Indian Civil Veterinary Department memoirs
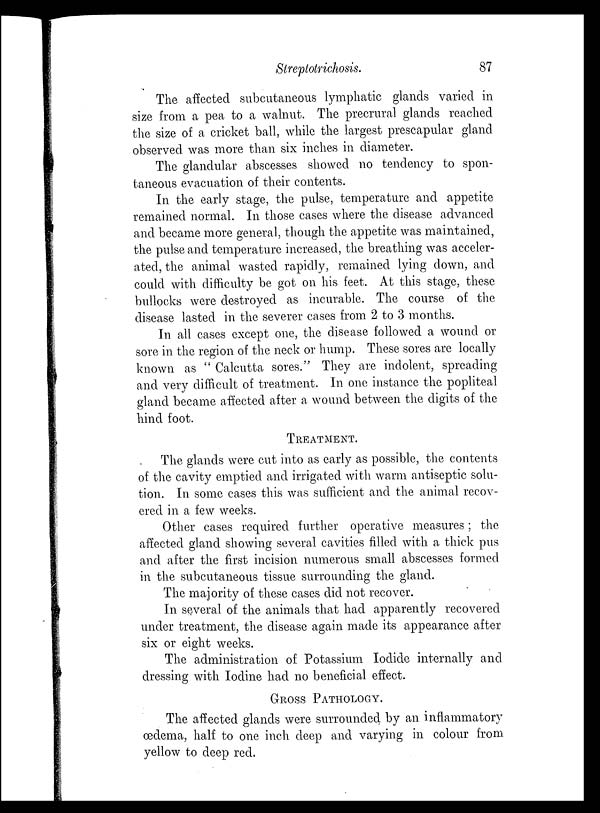
Streptotrichosis.
87
The affected subcutaneous lymphatic glands varied in
size from a pea to a walnut. The precrural glands reached
the size of a cricket ball, while the largest prescapular gland
observed was more than six inches in diameter.
The glandular abscesses showed no tendency to spon-
taneous evacuation of their contents.
In the early stage, the pulse, temperature and appetite
remained normal. In those cases where the disease advanced
and became more general, though the appetite was maintained,
the pulse and temperature increased, the breathing was acceler-
ated, the animal wasted rapidly, remained lying down, and
could with difficulty be got on his feet. At this stage, these
bullocks were destroyed as incurable. The course of the
disease lasted in the severer cases from 2 to 3 months.
In all cases except one, the disease followed a wound or
sore in the region of the neck or hump. These sores are locally
known as " Calcutta sores." They are indolent, spreading
and very difficult of treatment. In one instance the popliteal
gland became affected after a wound between the digits of the
hind foot.
TREATMENT.
The glands were cut into as early as possible, the contents
of the cavity emptied and irrigated with warm antiseptic solu-
tion. In some cases this was sufficient and the animal recov-
ered in a few weeks.
Other cases required further operative measures; the
affected gland showing several cavities filled with a thick pus
and after the first incision numerous small abscesses formed
in the subcutaneous tissue surrounding the gland.
The majority of these cases did not recover.
In several of the animals that had apparently recovered
under treatment, the disease again made its appearance after
six or eight weeks.
The administration of Potassium Iodide internally and
dressing with Iodine had no beneficial effect.
GROSS PATHOLOGY.
The affected glands were surrounded by an inflammatory
œdema, half to one inch deep and varying in colour from
yellow to deep red.